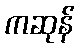
ကဆုန်